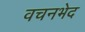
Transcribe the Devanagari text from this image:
वचनभेद